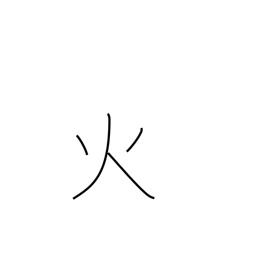
Meaning: fire